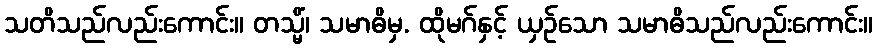
သတိသည်လည်းကောင်း။ တသ္မိံ၊ သမာဓိမှ. ထိုမဂ်နှင့် ယှဉ်သော သမာဓိသည်လည်းကောင်း။